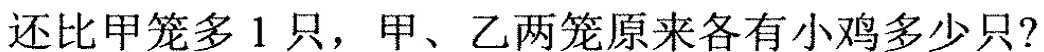
还比甲笼多1只，甲、乙两笼原来各有小鸡多少只?